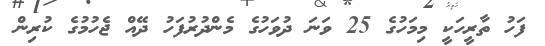
ފަހު ތާރީހަކީ މިމަހުގެ 25 ވަނަ ދުވަހުގެ މެންދުރުފަހު ދޭއް ޖެހުމުގެ ކުރިން